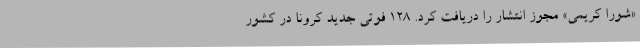
«شورا کریمی» مجوز انتشار را دریافت کرد. 128 فوتی جدید کرونا در کشور